Statistical return of the lunatic asylum in Assam - 1912-1932
Year: 1912
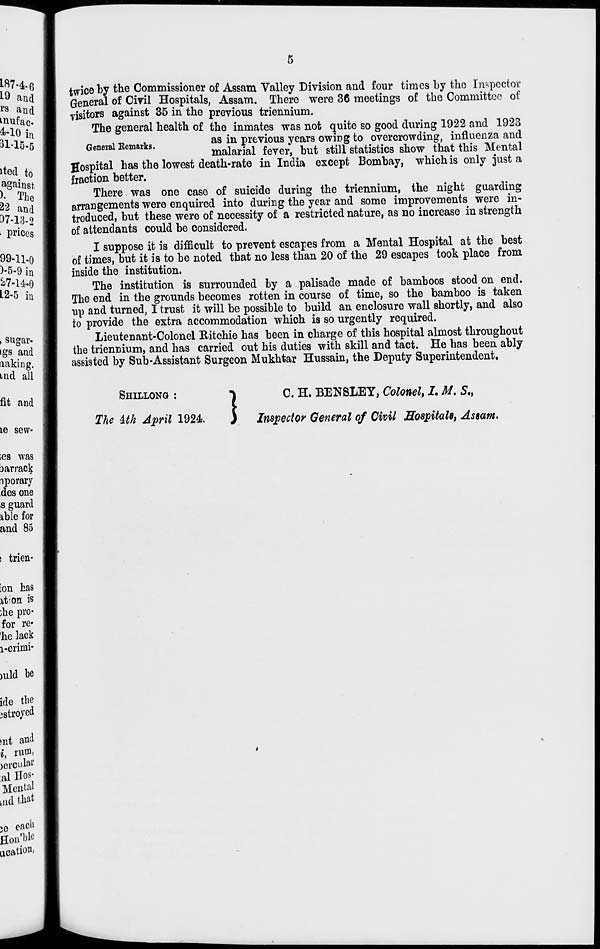
5
twice by the Commissioner of Assam Valley Division and four times by the Inspector
General of Civil Hospitals, Assam. There were 36 meetings of the Committee of
visitors against 35 in the previous triennium.
The general health of the inmates was not quite so good during 1922 and 1923
General Eemarks
as in previous years owing to overcrowding, influenza and
malarial fever, but still statistics show that this Mental
Hospital has the lowest death-rate in India except Bombay, which is only just a
fraction better.
There was one case of suicide during the triennium, the night guarding
arrangements were enquired into during the year and some improvements were in-
troduced, but these were of necessity of a restricted nature, as no increase in strength
of attendants could be considered.
I suppose it is difficult to prevent escapes from a Mental Hospital at the best
of times, but it is to be noted that no less than 20 of the 29 escapes took place from
inside the institution.
The institution is surrounded by a palisade made of bamboos stood on end.
The end in the grounds becomes rotten in course of time, so the bamboo is taken
tip and turned, I trust it will be possible to build an enclosure wall shortly, and also
to provide the extra accommodation which is so urgently required.
Lieutenant-Colonel Ritchie has been in charge of this hospital almost throughout
the triennium, and has carried out his duties with skill and tact. He has been ably
assisted by Sub-Assistant Surgeon Mukhtar Hussain, the Deputy Superintendent,
SHILLONG :
The ith April 1924.
]
C. H. BENSLEY, Colonel, I. M. 5.,
Inspector General of Civil Hospitals, Assam.